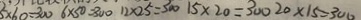
5 \times 6 0 = 3 0 0 6 \times 5 0 = 3 0 0 1 2 \times 2 5 = 3 0 0 1 5 \times 2 0 = 3 0 0 2 0 \times 1 5 = 3 0 0